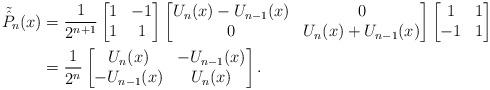
LaTeX: \begin{align*}\tilde{\hat P}_n(x)&=\frac{1}{2^{n+1}}\begin{bmatrix}1 & -1 \\1 & 1\end{bmatrix}\begin{bmatrix}U_n(x)- U_{n-1}(x)& 0\\0 & U_n(x)+ U_{n-1}(x)\end{bmatrix}\begin{bmatrix}1 & 1 \\-1 & 1\end{bmatrix}\\&=\frac{1}{2^{n}}\begin{bmatrix}U_n(x) & -U_{n-1}(x)\\-U_{n-1}(x) & U_n(x)\end{bmatrix}.\end{align*}